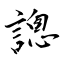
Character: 謥